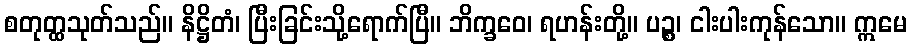
စတုတ္ထသုတ်သည်။ နိဋ္ဌိတံ၊ ပြီးခြင်းသို့ရောက်ပြီ။ ဘိက္ခဝေ၊ ရဟန်းတို့။ ပဉ္စ၊ ငါးပါးကုန်သော။ ဣမေ